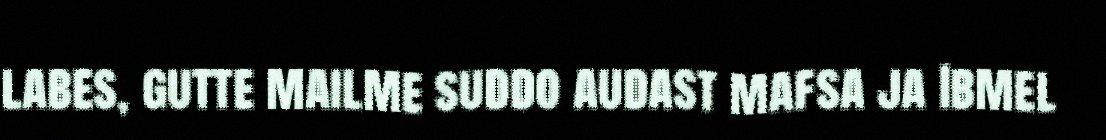
labes, gutte mailme suddo audast mafsa ja Ibmel